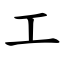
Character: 工